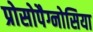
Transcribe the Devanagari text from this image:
प्रोसोपैग्नोसिया